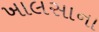
ખાલસાના